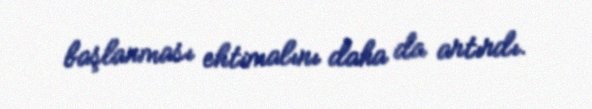
başlanması ehtimalını daha da artırdı.